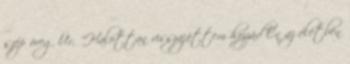
szép öreg Úr, "Halottan visszajöttem hozzád Én az életben